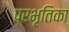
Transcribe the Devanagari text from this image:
परभृतिका